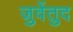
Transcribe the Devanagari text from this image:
जुवेंतुद